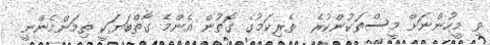
ވި މީހުންނަށް މީސްތަކުންކުރެ  ތެރިކަމުގެ ގޮތުން އެންމެ ގާތްބަޔަކީ ތިމަންމެންނީ